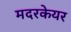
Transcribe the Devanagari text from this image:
मदरकेयर